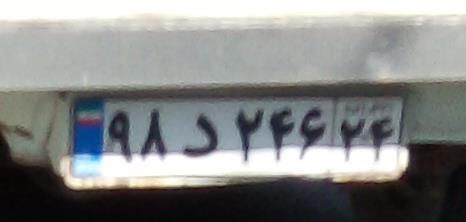
۹۸د۲۴۶۲۴